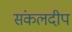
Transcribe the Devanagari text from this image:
संकलदीप